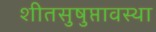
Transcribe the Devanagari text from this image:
शीतसुषुप्तावस्था